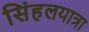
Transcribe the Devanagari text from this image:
सिंहलयात्रा